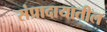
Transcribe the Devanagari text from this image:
संप्रादायातील